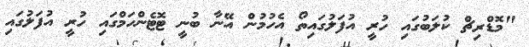
"މޮޑްރިޗް ކުލަބުގައި ހުރީ އުފަލުގައިތޯ އެހުމުން އޭނާ ބުނީ ޓޮޓެންހަމްގައި ހުރީ އުފަލުގައި